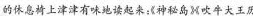
的休息椅上津津有味地读起来：《神秘岛》《吹牛大王历